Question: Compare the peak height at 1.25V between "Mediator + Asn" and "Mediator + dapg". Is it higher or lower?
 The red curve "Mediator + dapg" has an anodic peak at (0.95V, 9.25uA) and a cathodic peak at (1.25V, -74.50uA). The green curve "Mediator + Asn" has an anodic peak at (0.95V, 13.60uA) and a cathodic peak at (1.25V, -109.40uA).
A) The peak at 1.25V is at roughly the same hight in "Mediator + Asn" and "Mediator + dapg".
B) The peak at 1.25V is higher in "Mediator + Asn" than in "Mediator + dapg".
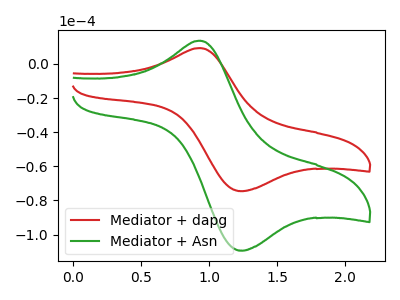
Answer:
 <answer>B) The peak at 1.25V is higher in "Mediator + Asn" than in "Mediator + dapg".</answer>
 <eval>B</eval>